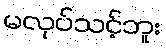
မလုပ်သင့်ဘူး